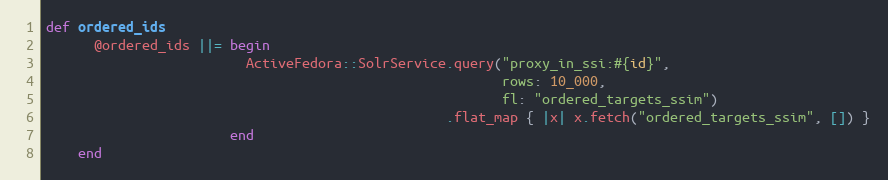
Language: Ruby
def ordered_ids
      @ordered_ids ||= begin
                         ActiveFedora::SolrService.query("proxy_in_ssi:#{id}",
                                                         rows: 10_000,
                                                         fl: "ordered_targets_ssim")
                                                  .flat_map { |x| x.fetch("ordered_targets_ssim", []) }
                       end
    end